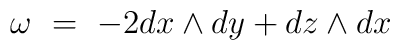
\omega \ = \ -2 dx \wedge dy + dz \wedge dx